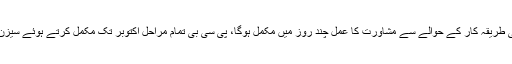
اس ساری کارروائی کو قانونی شکل دینے کیلیے آئینی طریقہ کار کے حوالے سے مشاورت کا عمل چند روز میں مکمل ہوگا، پی سی بی تمام مراحل اکتوبر تک مکمل کرتے ہوئے سیزن نئے اسٹرکچر کے مطابق کرانے کیلیے کوشاں ہے۔